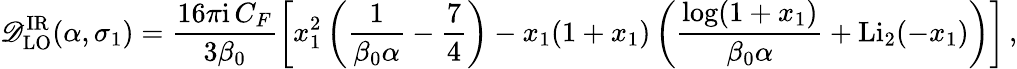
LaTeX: \mathscr{D}_{\mathrm{{LO}}}^{\mathrm{{IR}}}(\alpha,\sigma_{1})=\frac{{16\pi\mathrm{{i}}\, C_{F}}}{{3\beta_{0}}}\left[x_{1}^{2}\left(\frac{{1}}{{\beta_{0}\alpha}}-\frac{{7}}{{4}}\right)-x_{1}(1+x_{1})\left(\frac{{\log(1+x_{1})}}{{\beta_{0}\alpha}}+\mathrm{{Li}}_{2}(-x_{1})\right)\right]\, ,